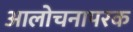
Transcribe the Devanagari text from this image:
आलोचनापरक